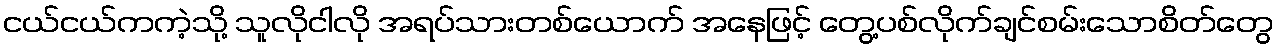
ငယ်ငယ်ကကဲ့သို့ သူလိုငါလို အရပ်သားတစ်ယောက် အနေဖြင့် တွေ့ပစ်လိုက်ချင်စမ်းသောစိတ်တွေ